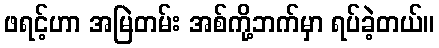
ဖရင့်ဟာ အမြဲတမ်း အစ်ကို့ဘက်မှာ ရပ်ခဲ့တယ်။